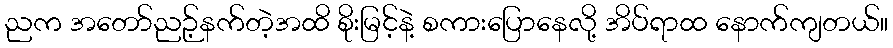
ညက အတော်ညဉ့်နက်တဲ့အထိ စိုးမြင့်နဲ့ စကားပြောနေလို့ အိပ်ရာထ နောက်ကျတယ်။